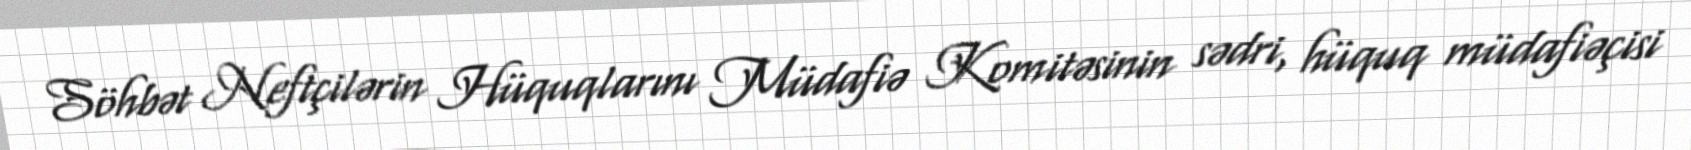
Söhbət Neftçilərin Hüquqlarını Müdafiə Komitəsinin sədri, hüquq müdafiəçisi